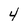
Character: 4